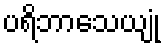
ပရိဘာသေယျုံ